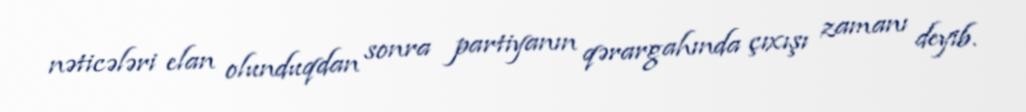
nəticələri elan olunduqdan sonra partiyanın qərargahında çıxışı zamanı deyib.